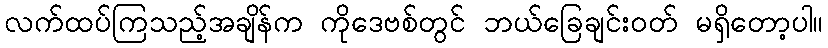
လက်ထပ်ကြသည့်အချိန်က ကိုဒေဗစ်တွင် ဘယ်ခြေချင်းဝတ် မရှိတော့ပါ။